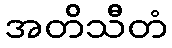
အတိသီတံ